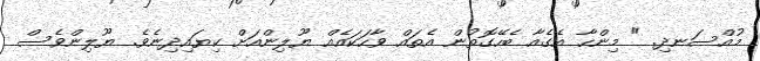
މުއްސަނދި. " މިންހާ އެގެއާ ބެހޭގޮތުން އެތައް ވާހަކައެއް ޔޫލިންއަށް ކިޔައިދިނެވެ. ޔޫލިންވެސް